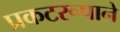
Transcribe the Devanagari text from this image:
प्रकटरूपाने